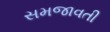
સમજાવતી